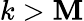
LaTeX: k>\mathbf{M}